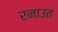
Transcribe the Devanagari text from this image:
रनाउत